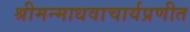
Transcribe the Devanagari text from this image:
श्रीमन्माधवाचार्यप्रणीत